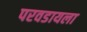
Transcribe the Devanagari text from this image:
परवडायला